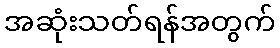
အဆုံးသတ်ရန်အတွက်